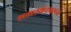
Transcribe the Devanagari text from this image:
समरकंदवरून